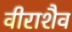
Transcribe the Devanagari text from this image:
वीराशैव